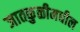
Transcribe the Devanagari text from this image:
जातकुळीमधील